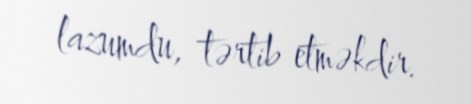
lazumdu, tərtib etməkdir.